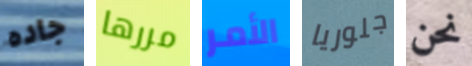
جاده مررها الأمر جلوريا نحن